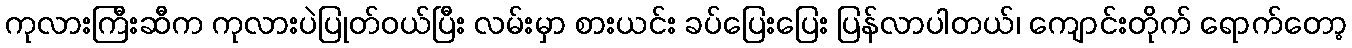
ကုလားကြီးဆီက ကုလားပဲပြုတ်ဝယ်ပြီး လမ်းမှာ စားယင်း ခပ်ပြေးပြေး ပြန်လာပါတယ်၊ ကျောင်းတိုက် ရောက်တော့